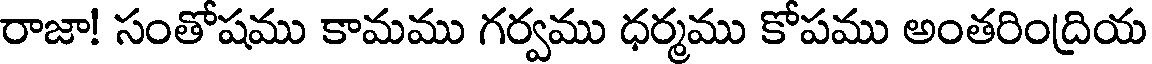
రాజా! సంతోషము కామము గర్వము ధర్మము కోపము అంతరింద్రియ